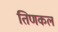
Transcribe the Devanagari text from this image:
तिणकल